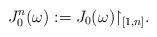
LaTeX: \begin{align*}J_0^n(\omega):=J_0(\omega){\upharpoonright_{[1,n]}}.\end{align*}